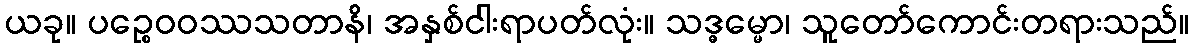
ယခု။ ပဉ္စေဝဝဿသတာနိ၊ အနှစ်ငါးရာပတ်လုံး။ သဒ္ဓမ္မော၊ သူတော်ကောင်းတရားသည်။